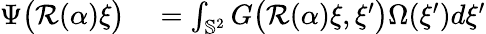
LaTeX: \begin{array}{rl}{\Psi\big(\mathcal{R}(\alpha)\xi\big)}&{{}=\int_{\mathbb{S}^{2}}G\big(\mathcal{R}(\alpha)\xi,\xi^{\prime}\big)\Omega(\xi^{\prime})d\xi^{\prime}}\end{array}